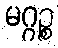
မဂ္ဂဉ္စ